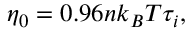
\eta _ { 0 } = 0 . 9 6 n k _ { B } T \tau _ { i } ,